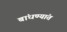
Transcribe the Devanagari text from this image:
बांधण्यांत